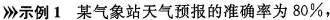
>>>示例1 某气象站天气预报的准确率为80%，